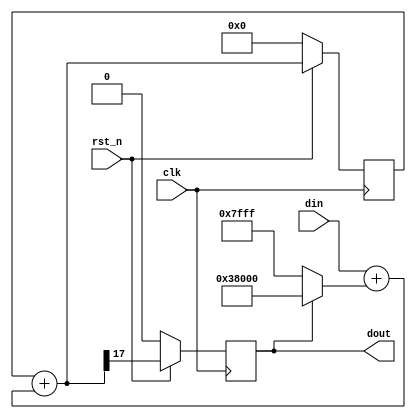
// =====================================================================
//  ____         _                 ____                      
// | __ )  _ __ (_)  __ _  _ __   / ___|  _   _  _ __    ___ 
// |  _ \ | '__|| | / _` || '_ \  \___ \ | | | || '_ \  / _ \
// | |_) || |   | || (_| || | | |  ___) || |_| || | | ||  __/
// |____/ |_|   |_| \__,_||_| |_| |____/  \__,_||_| |_| \___|
// 
// =====================================================================

`timescale 1ns / 1ps


module dsa_single #(
	parameter dac_bw = 16
)(

	input	wire				clk,
	input	wire				rst_n,
	input	wire	[15 : 0]	din,
	output	wire				dout
);
	
	localparam bw_ext = 2;
	localparam bw_tot = dac_bw + bw_ext;
	
	reg						dout_r;
	reg						dac_dout;
	
	reg signed		[bw_tot-1 : 0]	DAC_acc_1st;
	
	wire signed		[bw_tot-1 : 0]	max_val = (2**(dac_bw - 1) - 1);
	wire signed		[bw_tot-1 : 0]	min_val = -(2**(dac_bw - 1));
	wire signed		[bw_tot-1 : 0]	dac_val = (!dout_r) ? max_val : min_val;
	
	wire signed		[bw_tot-1 : 0]	in_ext = {{bw_ext{din[dac_bw - 1]}}, din};
	wire signed		[bw_tot-1 : 0]	delta_s0_c0 = in_ext + dac_val;
	wire signed		[bw_tot-1 : 0]	delta_s0_c1 = DAC_acc_1st + delta_s0_c0;

	always@(posedge clk)begin
		if(!rst_n)begin
			DAC_acc_1st <= 'd0;
		end else begin
			DAC_acc_1st <= delta_s0_c1;
		end
	end
	
	always@(posedge clk)begin
		if(!rst_n)begin
			dout_r		<= 1'b0;
			dac_dout	<= 1'b0;
		end else begin
			dout_r		<= delta_s0_c1[bw_tot-1];
			dac_dout	<= ~dout_r;
		end
	end
	
	assign dout = dout_r;
	
endmodule